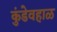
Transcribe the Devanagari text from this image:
कुंडेवहाळ